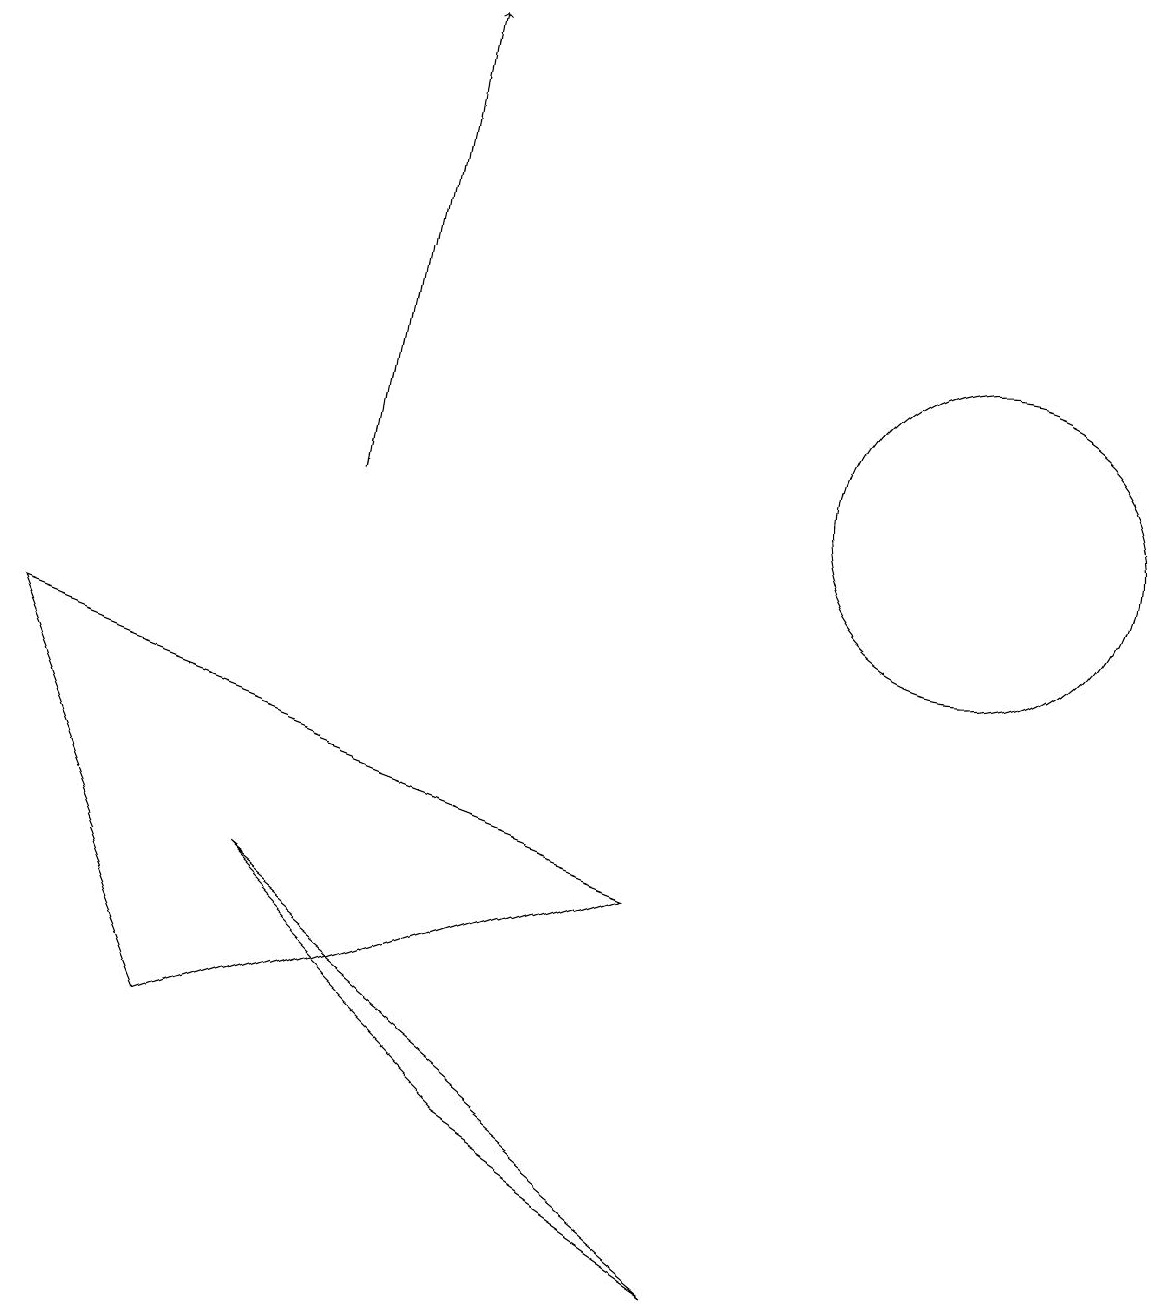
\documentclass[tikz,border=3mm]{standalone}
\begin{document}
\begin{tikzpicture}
\draw (6,3) -- (3,6) -- (9,1) -- cycle;
\draw (8,6) -- (0,9) -- (2,4) -- cycle;
\draw (12,11) circle (2);
\draw[->] (4,11) -- (5,17);
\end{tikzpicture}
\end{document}